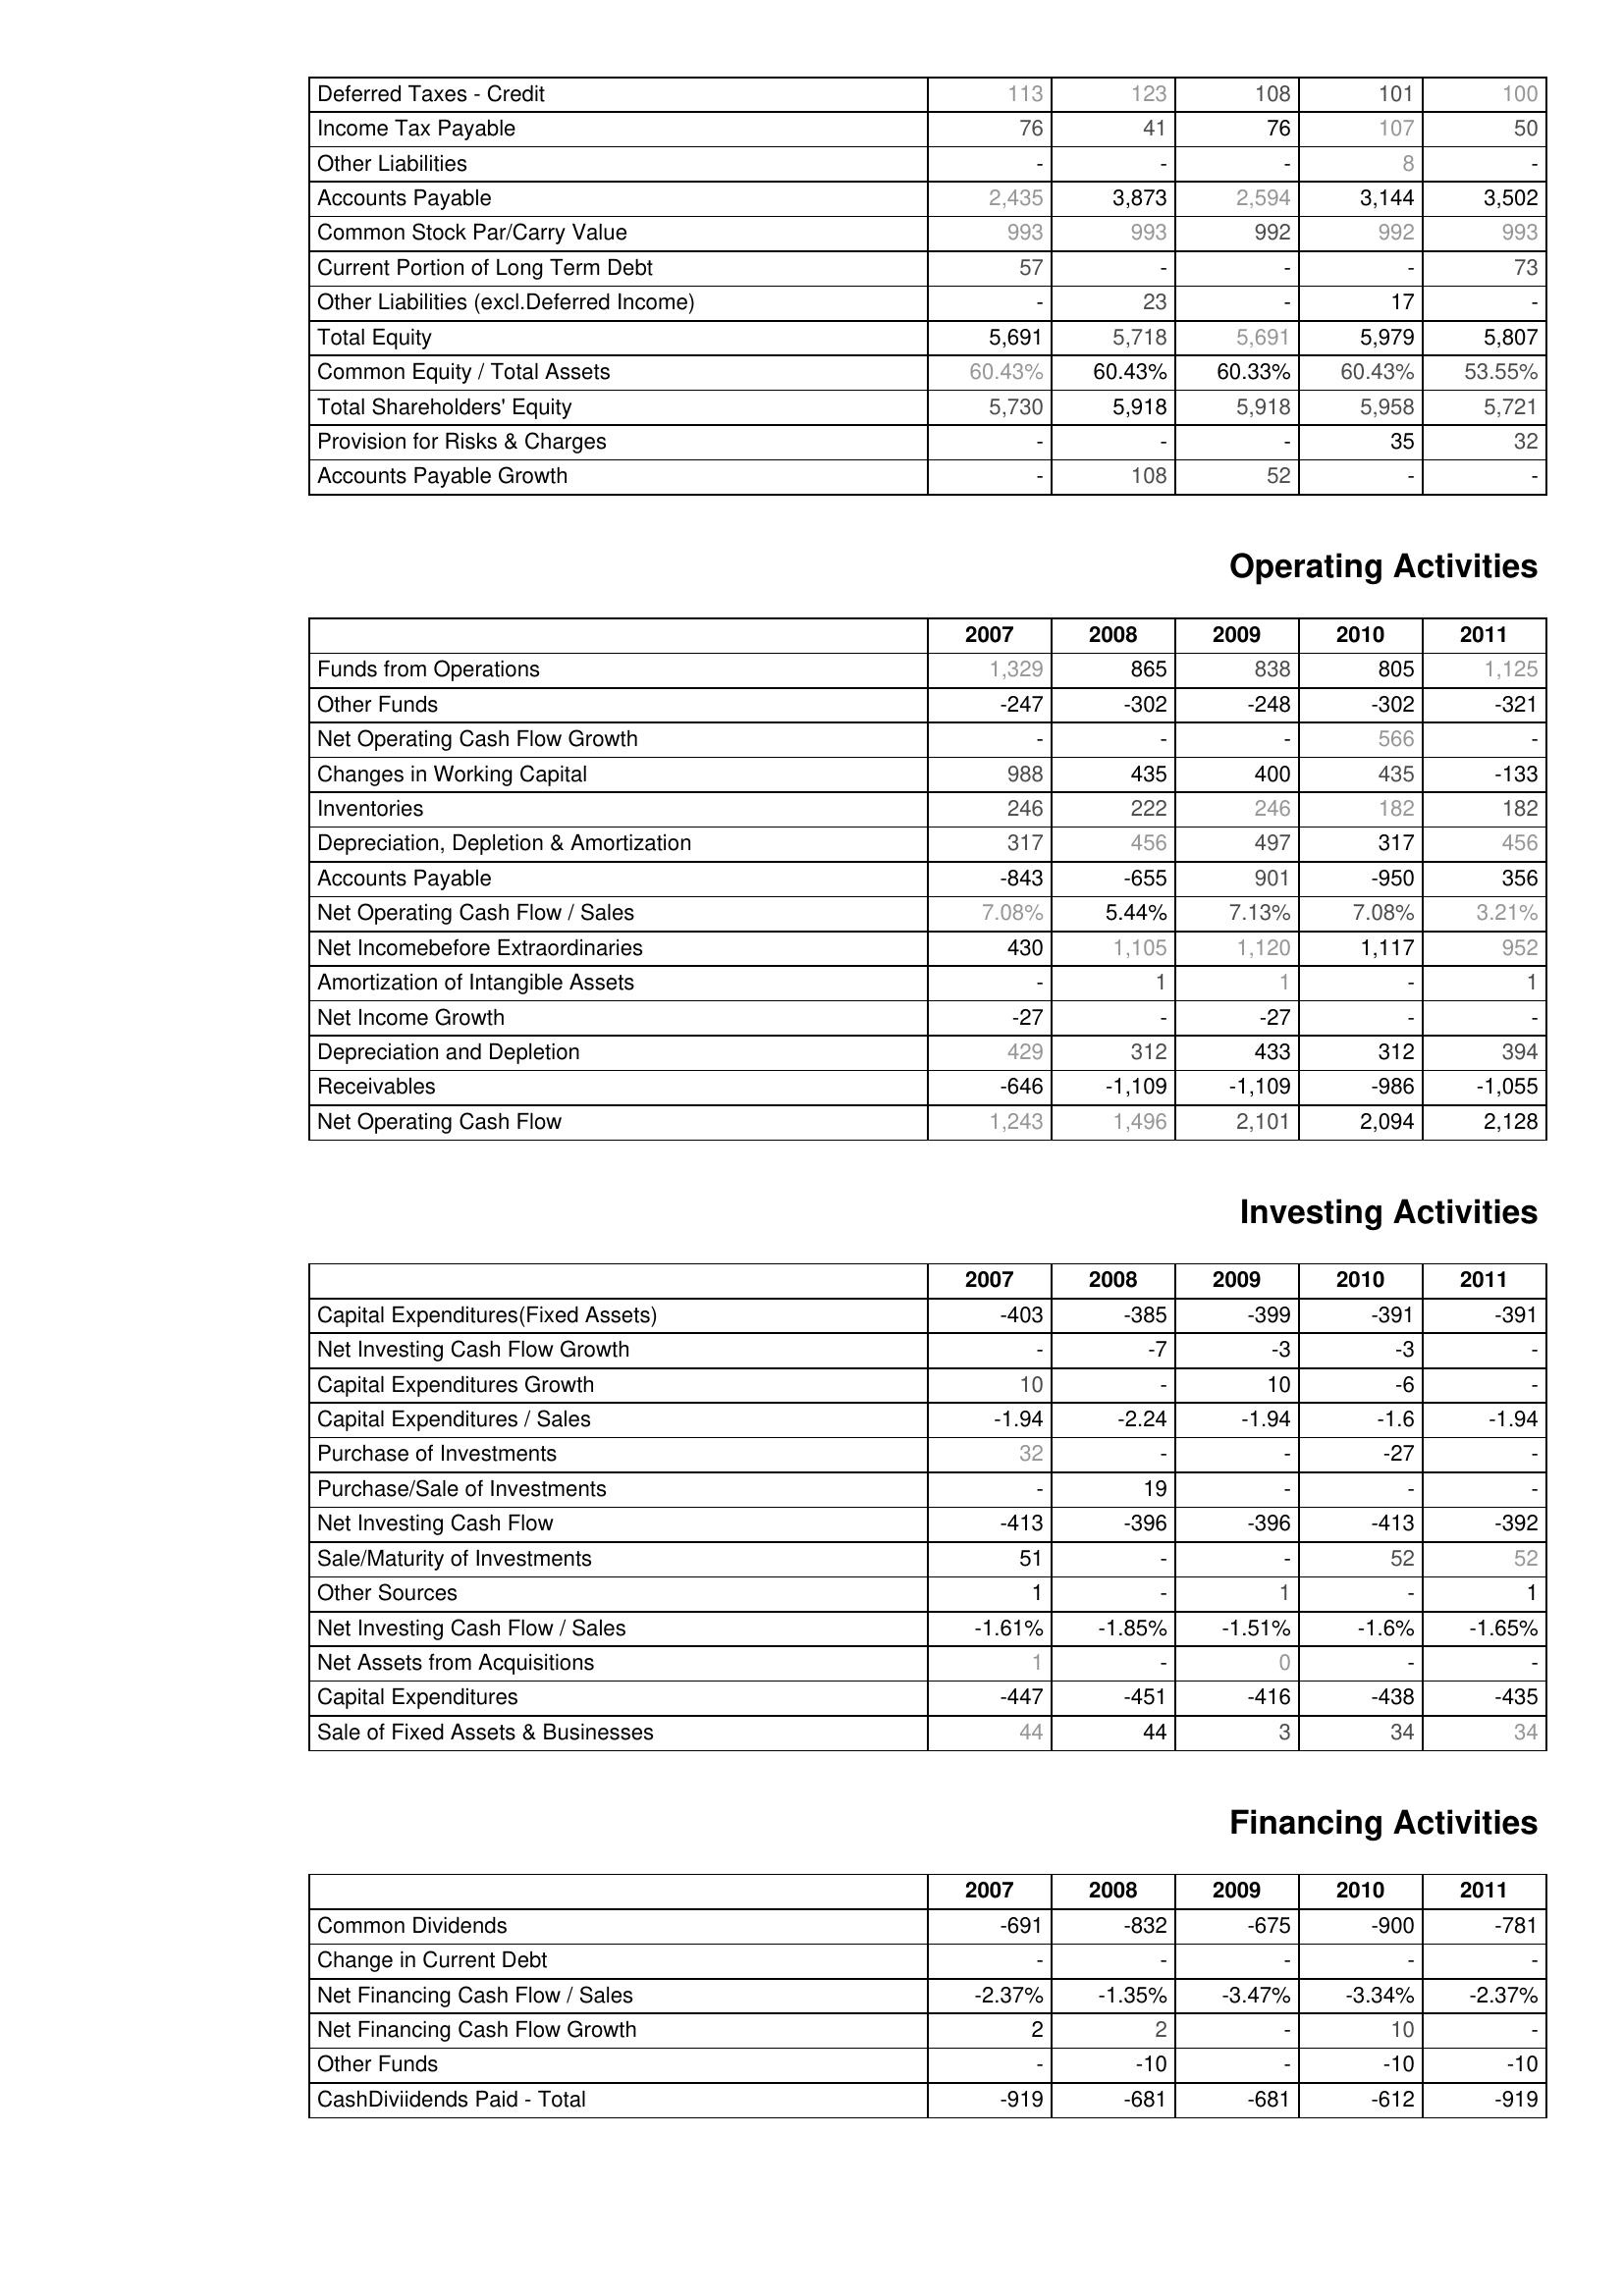
2007: Liabilities & Shareholder's Equity: Deferred Taxes - Credit: 113
Income Tax Payable: 76
Other Liabilities: -
Accounts Payable: 2,435
Common Stock Par/Carry Value: 993
Current Portion of Long Term Debt: 57
Other Liabilities (excl.Deferred Income): -
Total Equity: 5,691
Common Equity / Total Assets: 60.43%
Total Shareholders' Equity: 5,730
Provision for Risks & Charges: -
Accounts Payable Growth: -
Operating Activities: Funds from Operations: 1,329
Other Funds: -247
Net Operating Cash Flow Growth: -
Changes in Working Capital: 988
Inventories: 246
Depreciation, Depletion & Amortization: 317
Accounts Payable: -843
Net Operating Cash Flow / Sales: 7.08%
Net Incomebefore Extraordinaries: 430
Amortization of Intangible Assets: -
Net Income Growth: -27
Depreciation and Depletion: 429
Receivables: -646
Net Operating Cash Flow: 1,243
Investing Activities: Capital Expenditures(Fixed Assets): -403
Net Investing Cash Flow Growth: -
Capital Expenditures Growth: 10
Capital Expenditures / Sales: -1.94
Purchase of Investments: 32
Purchase/Sale of Investments: -
Net Investing Cash Flow: -413
Sale/Maturity of Investments: 51
Other Sources: 1
Net Investing Cash Flow / Sales: -1.61%
Net Assets from Acquisitions: 1
Capital Expenditures: -447
Sale of Fixed Assets & Businesses: 44
Financing Activities: Common Dividends: -691
Change in Current Debt: -
Net Financing Cash Flow / Sales: -2.37%
Net Financing Cash Flow Growth: 2
Other Funds: -
CashDiviidends Paid - Total: -919
2008: Liabilities & Shareholder's Equity: Deferred Taxes - Credit: 123
Income Tax Payable: 41
Other Liabilities: -
Accounts Payable: 3,873
Common Stock Par/Carry Value: 993
Current Portion of Long Term Debt: -
Other Liabilities (excl.Deferred Income): 23
Total Equity: 5,718
Common Equity / Total Assets: 60.43%
Total Shareholders' Equity: 5,918
Provision for Risks & Charges: -
Accounts Payable Growth: 108
Operating Activities: Funds from Operations: 865
Other Funds: -302
Net Operating Cash Flow Growth: -
Changes in Working Capital: 435
Inventories: 222
Depreciation, Depletion & Amortization: 456
Accounts Payable: -655
Net Operating Cash Flow / Sales: 5.44%
Net Incomebefore Extraordinaries: 1,105
Amortization of Intangible Assets: 1
Net Income Growth: -
Depreciation and Depletion: 312
Receivables: -1,109
Net Operating Cash Flow: 1,496
Investing Activities: Capital Expenditures(Fixed Assets): -385
Net Investing Cash Flow Growth: -7
Capital Expenditures Growth: -
Capital Expenditures / Sales: -2.24
Purchase of Investments: -
Purchase/Sale of Investments: 19
Net Investing Cash Flow: -396
Sale/Maturity of Investments: -
Other Sources: -
Net Investing Cash Flow / Sales: -1.85%
Net Assets from Acquisitions: -
Capital Expenditures: -451
Sale of Fixed Assets & Businesses: 44
Financing Activities: Common Dividends: -832
Change in Current Debt: -
Net Financing Cash Flow / Sales: -1.35%
Net Financing Cash Flow Growth: 2
Other Funds: -10
CashDiviidends Paid - Total: -681
2009: Liabilities & Shareholder's Equity: Deferred Taxes - Credit: 108
Income Tax Payable: 76
Other Liabilities: -
Accounts Payable: 2,594
Common Stock Par/Carry Value: 992
Current Portion of Long Term Debt: -
Other Liabilities (excl.Deferred Income): -
Total Equity: 5,691
Common Equity / Total Assets: 60.33%
Total Shareholders' Equity: 5,918
Provision for Risks & Charges: -
Accounts Payable Growth: 52
Operating Activities: Funds from Operations: 838
Other Funds: -248
Net Operating Cash Flow Growth: -
Changes in Working Capital: 400
Inventories: 246
Depreciation, Depletion & Amortization: 497
Accounts Payable: 901
Net Operating Cash Flow / Sales: 7.13%
Net Incomebefore Extraordinaries: 1,120
Amortization of Intangible Assets: 1
Net Income Growth: -27
Depreciation and Depletion: 433
Receivables: -1,109
Net Operating Cash Flow: 2,101
Investing Activities: Capital Expenditures(Fixed Assets): -399
Net Investing Cash Flow Growth: -3
Capital Expenditures Growth: 10
Capital Expenditures / Sales: -1.94
Purchase of Investments: -
Purchase/Sale of Investments: -
Net Investing Cash Flow: -396
Sale/Maturity of Investments: -
Other Sources: 1
Net Investing Cash Flow / Sales: -1.51%
Net Assets from Acquisitions: 0
Capital Expenditures: -416
Sale of Fixed Assets & Businesses: 3
Financing Activities: Common Dividends: -675
Change in Current Debt: -
Net Financing Cash Flow / Sales: -3.47%
Net Financing Cash Flow Growth: -
Other Funds: -
CashDiviidends Paid - Total: -681
2010: Liabilities & Shareholder's Equity: Deferred Taxes - Credit: 101
Income Tax Payable: 107
Other Liabilities: 8
Accounts Payable: 3,144
Common Stock Par/Carry Value: 992
Current Portion of Long Term Debt: -
Other Liabilities (excl.Deferred Income): 17
Total Equity: 5,979
Common Equity / Total Assets: 60.43%
Total Shareholders' Equity: 5,958
Provision for Risks & Charges: 35
Accounts Payable Growth: -
Operating Activities: Funds from Operations: 805
Other Funds: -302
Net Operating Cash Flow Growth: 566
Changes in Working Capital: 435
Inventories: 182
Depreciation, Depletion & Amortization: 317
Accounts Payable: -950
Net Operating Cash Flow / Sales: 7.08%
Net Incomebefore Extraordinaries: 1,117
Amortization of Intangible Assets: -
Net Income Growth: -
Depreciation and Depletion: 312
Receivables: -986
Net Operating Cash Flow: 2,094
Investing Activities: Capital Expenditures(Fixed Assets): -391
Net Investing Cash Flow Growth: -3
Capital Expenditures Growth: -6
Capital Expenditures / Sales: -1.6
Purchase of Investments: -27
Purchase/Sale of Investments: -
Net Investing Cash Flow: -413
Sale/Maturity of Investments: 52
Other Sources: -
Net Investing Cash Flow / Sales: -1.6%
Net Assets from Acquisitions: -
Capital Expenditures: -438
Sale of Fixed Assets & Businesses: 34
Financing Activities: Common Dividends: -900
Change in Current Debt: -
Net Financing Cash Flow / Sales: -3.34%
Net Financing Cash Flow Growth: 10
Other Funds: -10
CashDiviidends Paid - Total: -612
2011: Liabilities & Shareholder's Equity: Deferred Taxes - Credit: 100
Income Tax Payable: 50
Other Liabilities: -
Accounts Payable: 3,502
Common Stock Par/Carry Value: 993
Current Portion of Long Term Debt: 73
Other Liabilities (excl.Deferred Income): -
Total Equity: 5,807
Common Equity / Total Assets: 53.55%
Total Shareholders' Equity: 5,721
Provision for Risks & Charges: 32
Accounts Payable Growth: -
Operating Activities: Funds from Operations: 1,125
Other Funds: -321
Net Operating Cash Flow Growth: -
Changes in Working Capital: -133
Inventories: 182
Depreciation, Depletion & Amortization: 456
Accounts Payable: 356
Net Operating Cash Flow / Sales: 3.21%
Net Incomebefore Extraordinaries: 952
Amortization of Intangible Assets: 1
Net Income Growth: -
Depreciation and Depletion: 394
Receivables: -1,055
Net Operating Cash Flow: 2,128
Investing Activities: Capital Expenditures(Fixed Assets): -391
Net Investing Cash Flow Growth: -
Capital Expenditures Growth: -
Capital Expenditures / Sales: -1.94
Purchase of Investments: -
Purchase/Sale of Investments: -
Net Investing Cash Flow: -392
Sale/Maturity of Investments: 52
Other Sources: 1
Net Investing Cash Flow / Sales: -1.65%
Net Assets from Acquisitions: -
Capital Expenditures: -435
Sale of Fixed Assets & Businesses: 34
Financing Activities: Common Dividends: -781
Change in Current Debt: -
Net Financing Cash Flow / Sales: -2.37%
Net Financing Cash Flow Growth: -
Other Funds: -10
CashDiviidends Paid - Total: -919